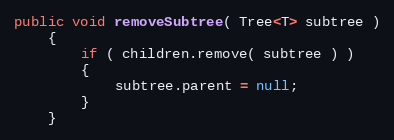
Language: Java
public void removeSubtree( Tree<T> subtree )
    {
        if ( children.remove( subtree ) )
        {
            subtree.parent = null;
        }
    }